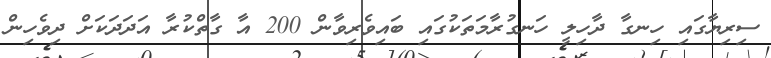
ސިރިޔާގައި ހިނގާ ދާހިލީ ހަނގުރާމަތަކުގައި ބައިވެރިވާން 200 އާ ގާތްކުރާ އަދަދަކަށް ދިވެހިން